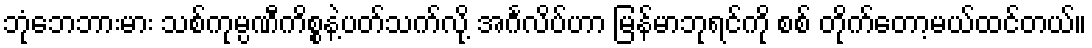
ဘုံဘေဘားမား သစ်ကုမ္ပဏီကိစ္စနဲ့ပတ်သက်လို့ အင်္ဂလိပ်ဟာ မြန်မာဘုရင်ကို စစ် တိုက်တော့မယ်ထင်တယ်။